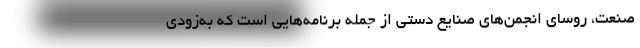
صنعت، روسای انجمن‌های صنایع دستی از جمله برنامه‌هایی است که به‌زودی